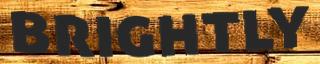
BRIGHTLY